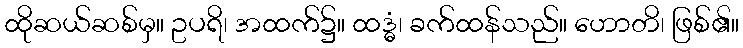
ထိုဆယ်ဆစ်မှ။ ဥပရိ၊ အထက်၌။ ထဒ္ဓံ၊ ခက်ထန်သည်။ ဟောတိ၊ ဖြစ်၏။